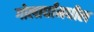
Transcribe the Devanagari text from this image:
गोलार्धांमधील